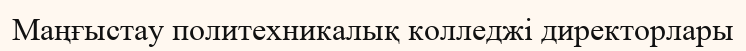
Маңғыстау политехникалық колледжі директорлары